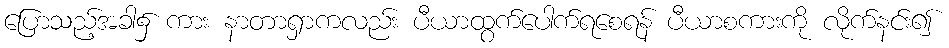
ပြောသည့်အခါ၌ ကား နာတာရှာကလည်း ပီယာထွက်ပေါက်ရစေရန် ပီယာစကားကို လိုက်နင်း၍